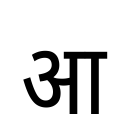
OCR:
आ